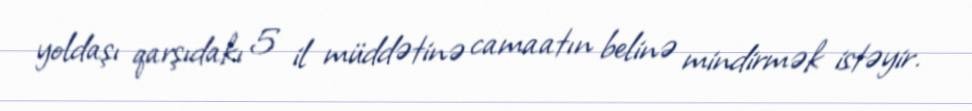
yoldaşı qarşıdakı 5 il müddətinə camaatın belinə mindirmək istəyir.